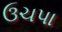
ઉચપા